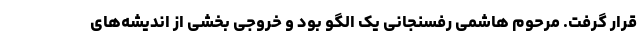
قرار گرفت. مرحوم هاشمی رفسنجانی یک الگو بود و خروجی بخشی از اندیشه‌های